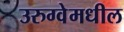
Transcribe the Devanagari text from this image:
उरुग्वेमधील